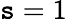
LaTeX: \mathtt{s}=1